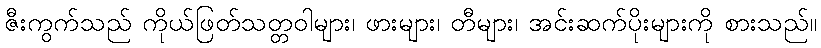
ဇီးကွက်သည် ကိုယ်ဖြတ်သတ္တဝါများ၊ ဖားများ၊ တီများ၊ အင်းဆက်ပိုးများကို စားသည်။